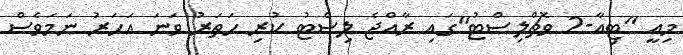
މިއީ "ޓިއާ-2 ވޮޗްލިސްޓު"ގައި ރާއްޖެ ލިސްޓު ކުރި ހަތަރު ވަނަ އަހަރު ނަމަވެސް